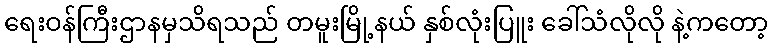
ရေးဝန်ကြီးဌာနမှသိရသည် တမူးမြို့နယ် နှစ်လုံးပြူး ခေါ်သံလိုလို နဲ့ကတော့